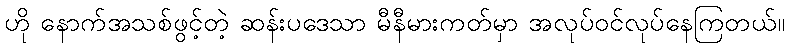
ဟို နောက်အသစ်ဖွင့်တဲ့ ဆန်းပဒေသာ မီနီမားကတ်မှာ အလုပ်ဝင်လုပ်နေကြတယ်။